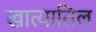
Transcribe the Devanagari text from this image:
खात्यातिल